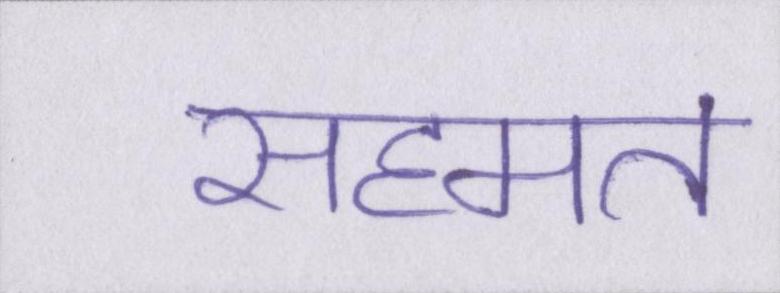
सहमत